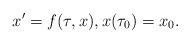
LaTeX: \begin{align*}x' = f(\tau,x), x(\tau_{0}) = x_{0}.\end{align*}